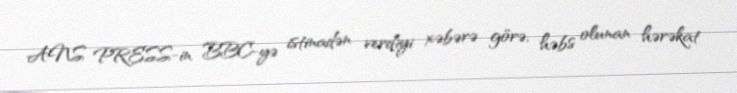
ANS PRESS-in BBC-yə istinadən verdiyi xəbərə görə, həbs olunan hərəkat